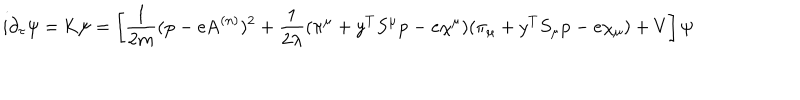
i \partial _ { \tau } \psi = \mathrm { K } \psi = \left[ \frac { 1 } { 2 m } ( \mathrm { p } - e \mathrm { A } ^ { ( n ) } ) ^ { 2 } + \frac { 1 } { 2 \lambda } ( \pi ^ { \mu } + y ^ { T } S ^ { \mu } \mathrm { p } - e \chi ^ { \mu } ) ( \pi _ { \mu } + y ^ { T } S _ { \mu } \mathrm { p } - e \chi _ { \mu } ) + V \right] \psi